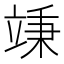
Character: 𥪕